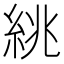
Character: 絩